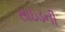
સાઇડની